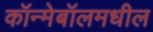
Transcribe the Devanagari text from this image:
कॉन्मेबॉलमधील